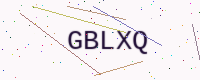
Text: GBLXQ